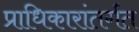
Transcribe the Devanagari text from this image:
प्राधिकारांतर्गत